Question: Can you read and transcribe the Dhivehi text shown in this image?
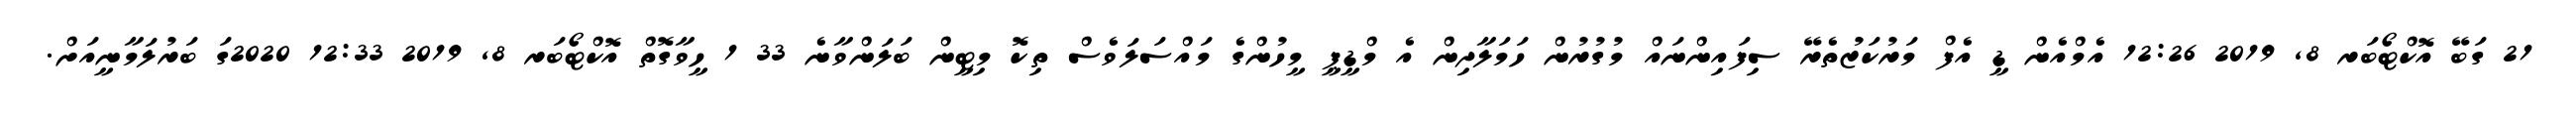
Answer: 21 ގަބޭ އޮކްޓޯބަރ 8, 2019 12:26 އެމްއެން ޑީ އެފް މަރުކަޒުތެރޭ ސިފައިންނައް މުގުރުން ހަމަލާދިން އެ މްޑީޕީ މީހުންގެ މައްސަލަވެސް ތިކޮ މިޓީން ބަލަންވާނެ 33 1 ހީވާގޮތް އޮކްޓޯބަރ 8, 2019 12:33 2020ގަ ބަރުލަމާނީއަށް.